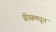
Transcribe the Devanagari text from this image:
ग्रीसमधून